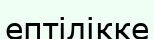
ептілікке